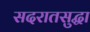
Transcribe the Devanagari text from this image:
सदरातसुद्धा